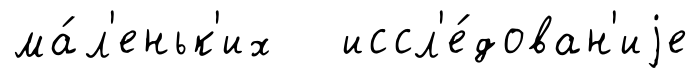
ма́л'еньк'их иссл'е́дован'иjе